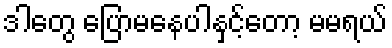
ဒါတွေ ပြောမနေပါနှင့်တော့ မမရယ်